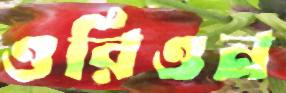
ওরিওন